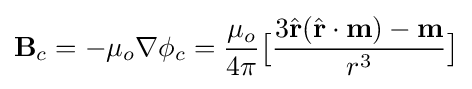
{\textbf {B}}_{c}=-\mu _{o}\nabla \phi _{c}={\frac {\mu _{o}}{4\pi }}{\big [}{\frac {3{\hat {\textbf {r}}}({\hat {\textbf {r}}}\cdot {\textbf {m}})-{\textbf {m}}}{r^{3}}}{\big ]}